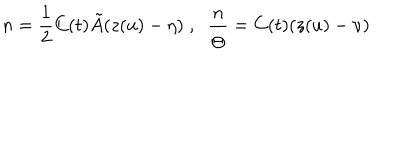
LaTeX: n = \frac { 1 } { 2 } C ( t ) \tilde { A } ( z ( u ) - \eta ) \; , \; \; \frac { n } { \dot { \Theta } } = C ( t ) ( z ( u ) - \nu )